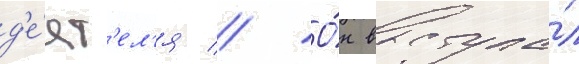
д'е́ят'ел'я // О́н выступа́л